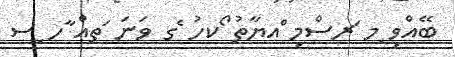
ބޭއްވި ިމ ަރސްމި ްއޔާތު ޯކހު ެގ ވަނަ ަތއް ާހ ިސ